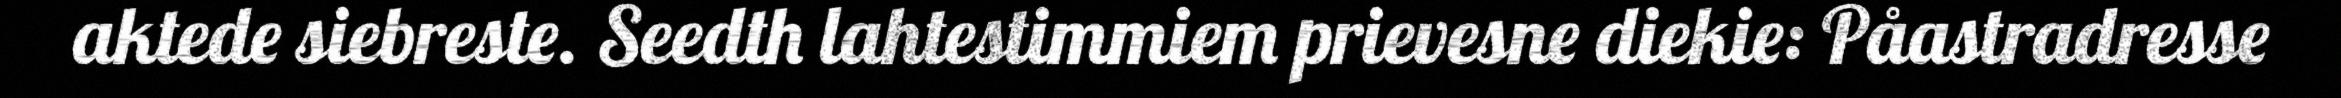
aktede siebreste. Seedth lahtestimmiem prievesne diekie: Påastradresse